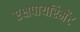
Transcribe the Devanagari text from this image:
एक्षपायरिमेंट